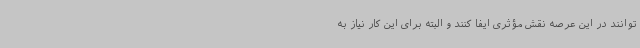
توانند در این عرصه نقش مؤثری ایفا کنند و البته برای این کار نیاز به